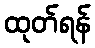
ထုတ်ရန်